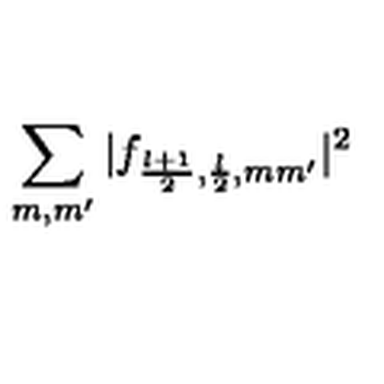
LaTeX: \sum _ { m , m ^ { \prime } } | f _ { \frac { l + 1 } { 2 } , \frac { l } { 2 } , m m ^ { \prime } } | ^ { 2 }